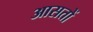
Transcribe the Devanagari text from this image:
आसतों